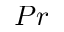
P r